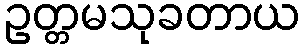
ဥတ္တမသုခတာယ